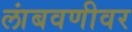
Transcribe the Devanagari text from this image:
लांबवणीवर